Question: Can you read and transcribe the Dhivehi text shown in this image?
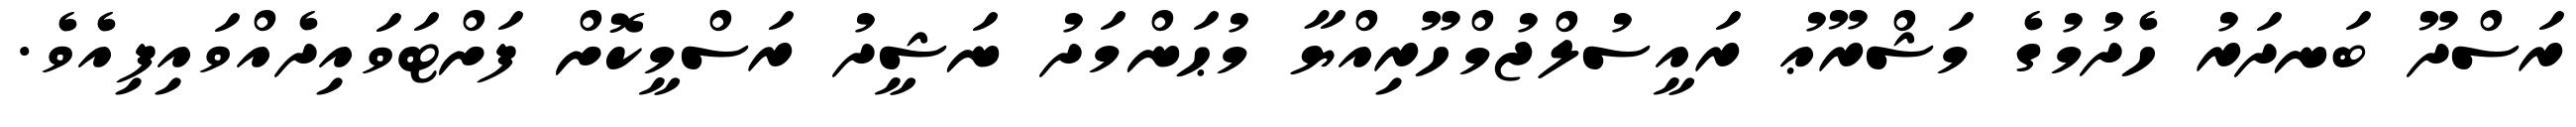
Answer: ރަސްދޫ ބަނދަރު ހެދުމުގެ މަޝްރޫޢު ރައީސުލްޖުމްހޫރިއްޔާ މުޙަންމަދު ނަޝީދު ރަސްމީކޮށް ފަށްޓަވައިދެއްވައިފިއެވެ.